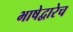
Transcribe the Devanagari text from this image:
भाषेद्वारेच